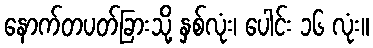
နောက်တပတ်ခြားသို့ နှစ်လုံး၊ ပေါင်း ၁၆ လုံး။